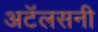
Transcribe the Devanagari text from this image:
अटॅलसनी